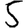
Digit: 5